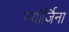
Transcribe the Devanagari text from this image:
ज्योर्जिना